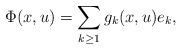
LaTeX: \begin{align*}\Phi(x,u)=\sum_{k\geq 1}g_k(x,u) e_k,\end{align*}